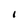
Character: I